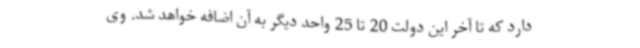
دارد که تا آخر این دولت 20 تا 25 واحد دیگر به آن اضافه خواهد شد. وی